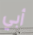
أبي